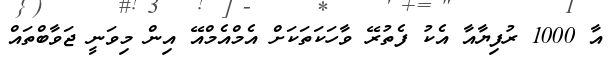
އާ 1000 ރުފިޔާއާ އެކު ފެތުރޭ ވާހަކަތަކަށް އެމްއެމްއޭ އިން މިވަނީ ޖަވާބްތައް